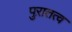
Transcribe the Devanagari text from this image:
पुऱातत्व